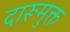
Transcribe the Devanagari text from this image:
दारूमुक्त